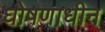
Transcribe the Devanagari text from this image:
घोषणाधीन